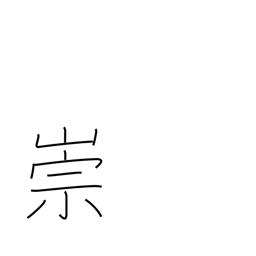
Meaning: adore